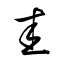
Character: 圭